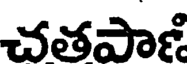
చతపాణి